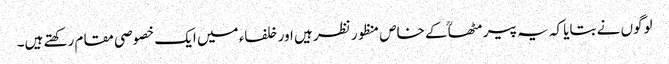
لوگوں نے بتایا کہ یہ پیر مٹھاؒ کے خاص منظور نظر ہیں اور خلفاء میں ایک خصوصی مقام رکھتے ہیں۔